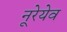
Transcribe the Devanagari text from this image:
नूरेयेव